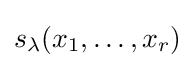
s_{\lambda }(x_{1},\ldots ,x_{r})